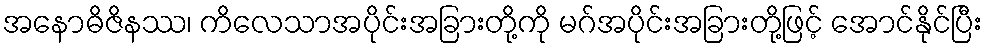
အနောဓိဇိနဿ၊ ကိလေသာအပိုင်းအခြားတို့ကို မဂ်အပိုင်းအခြားတို့ဖြင့် အောင်နိုင်ပြီး